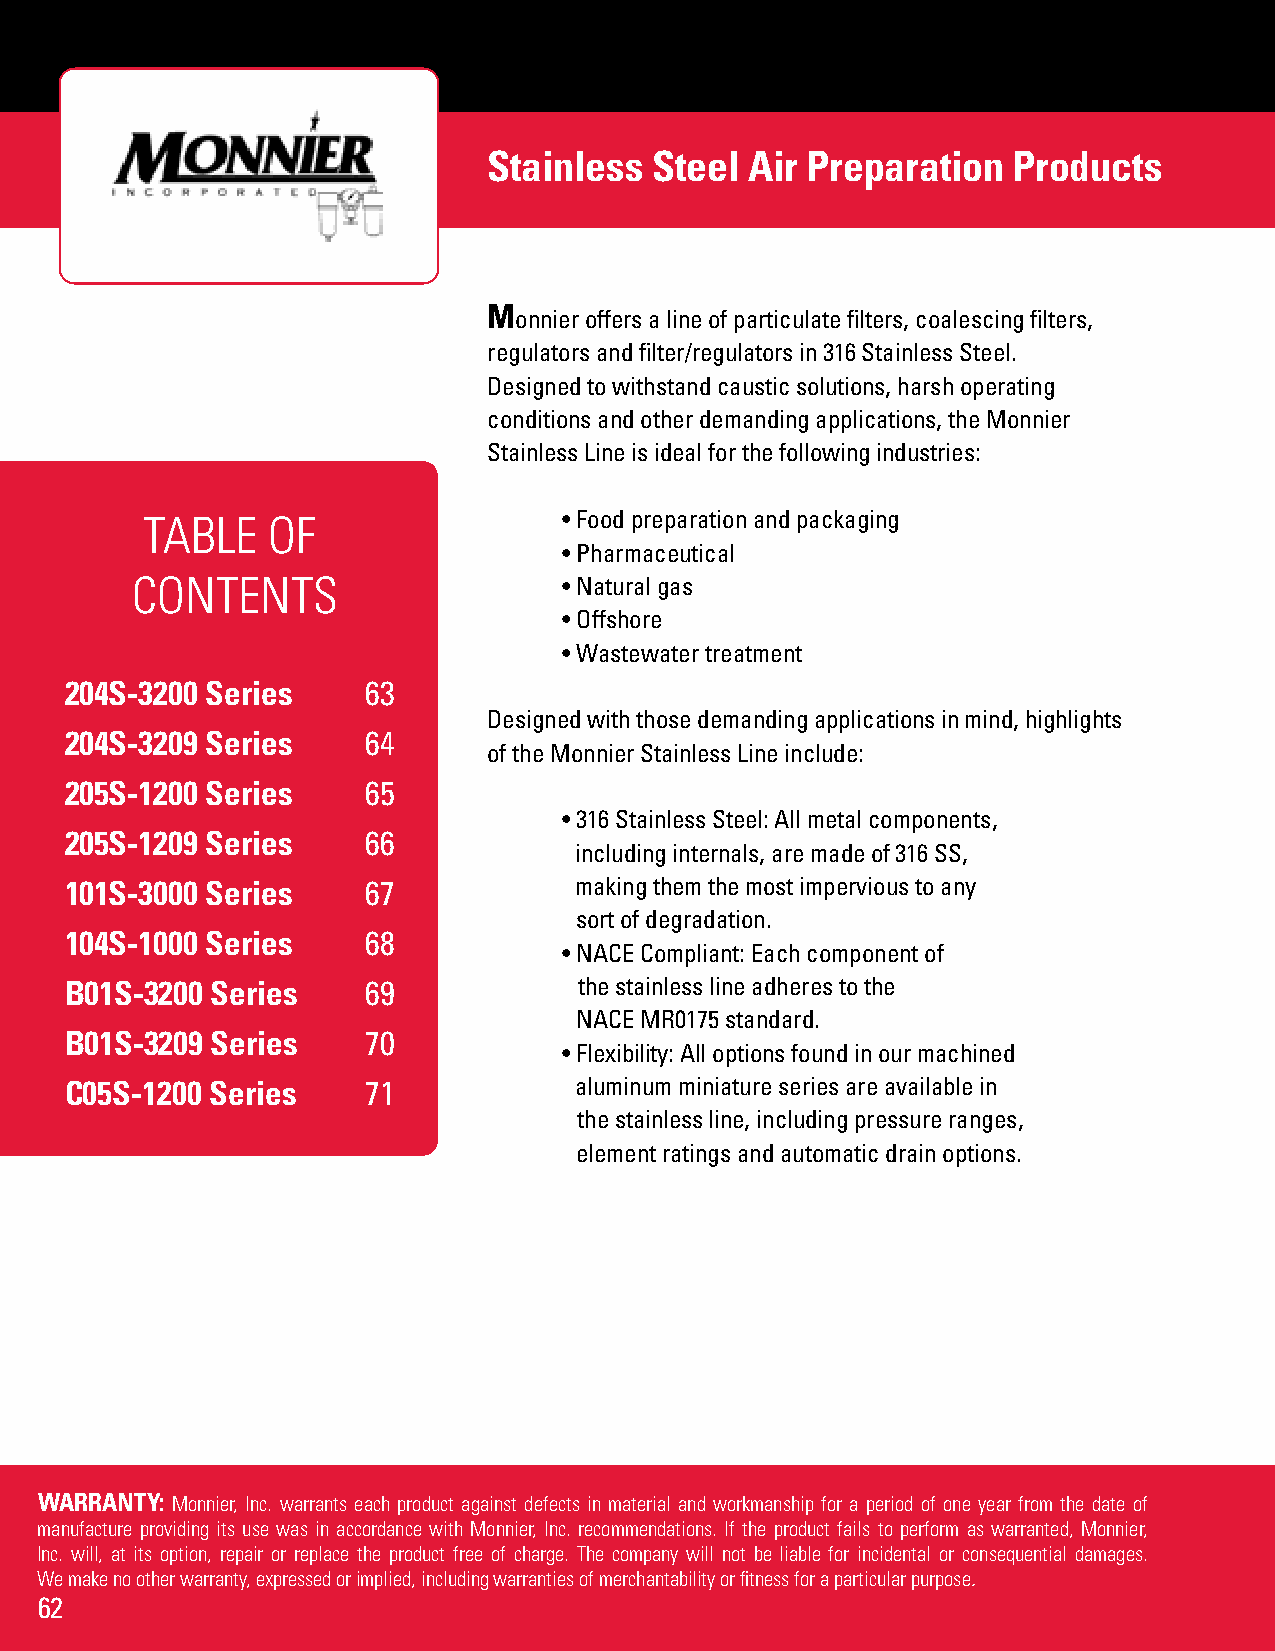
Stainless  Steel  Air Preparation  Products
 M
 onnier offers a line of particulate filters, coalescing filters,
 regulators and filter/regulators in 316 Stainless Steel.
 Designed to withstand caustic solutions, harsh operating
 conditions and other demanding applications, the Monnier
 Stainless Line is ideal for the following industries:
 TABLE    OF                 • Food preparation and packaging
 • Pharmaceutical
 CONTENTS                    • Natural gas
 • Offshore
 • Wastewater treatment
 204S-3200 Series    63
 Designed with those demanding applications in mind, highlights
 204S-3209 Series    64
 of the Monnier Stainless Line include:
 205S-1200 Series    65
 • 316 Stainless Steel: All metal components,
 205S-1209 Series    66
 including internals, are made of 316 SS,
 101S-3000 Series    67            making them the most impervious to any
 sort of degradation.
 104S-1000 Series    68
 • NACE Compliant: Each component of
 B01S-3200 Series    69            the stainless line adheres to the
 NACE MR0175 standard.
 B01S-3209 Series    70
 • Flexibility: All options found in our machined
 C05S-1200 Series    71            aluminum miniature series are available in
 the stainless line, including pressure ranges,
 element ratings and automatic drain options.
 WARRANTY: Monnier, Inc. warrants each product against defects in material and workmanship for a period of one year from the date of
 manufacture providing its use was in accordance with Monnier, Inc. recommendations. If the product fails to perform as warranted, Monnier,
 Inc. will, at its option, repair or replace the product free of charge. The company will not be liable for incidental or consequential damages.
 We make no other warranty, expressed or implied, including warranties of merchantability or fitness for a particular purpose.
 62